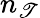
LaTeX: n_{\mathscr{T}}